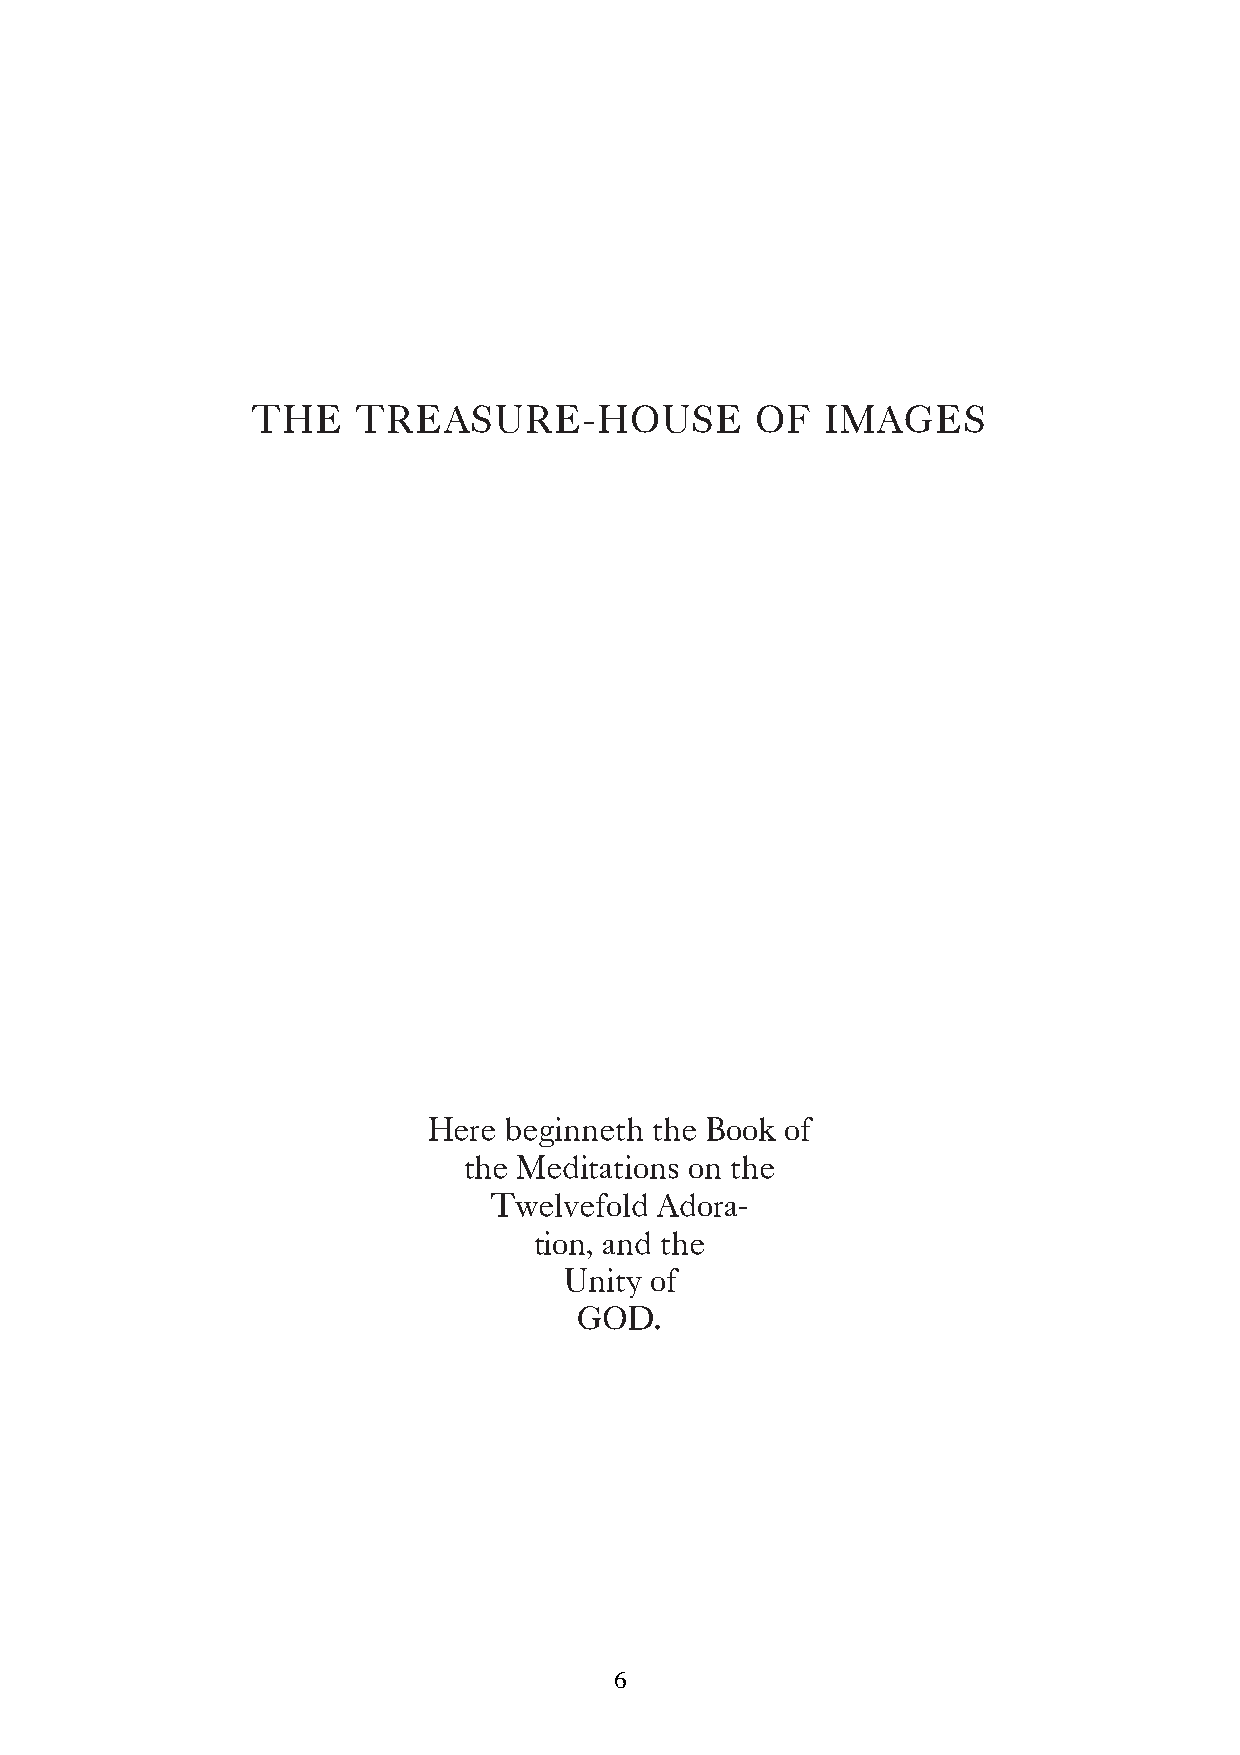
THE    TREASURE-HOUSE            OF   IMAGES
 Here beginneth the Book of
 the Meditations on the
 Twelvefold  Adora-
 tion, and the
 Unity of
 GOD.
 6